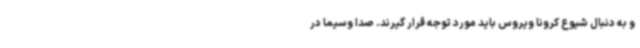
و به دنبال شیوع کرونا ویروس باید مورد توجه قرار گیرند. صدا وسیما در